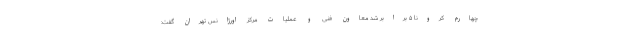
چهارم کرونا ۵ برابر شد معاون فنی و عملیات مرکز اورژانس تهران گفت: